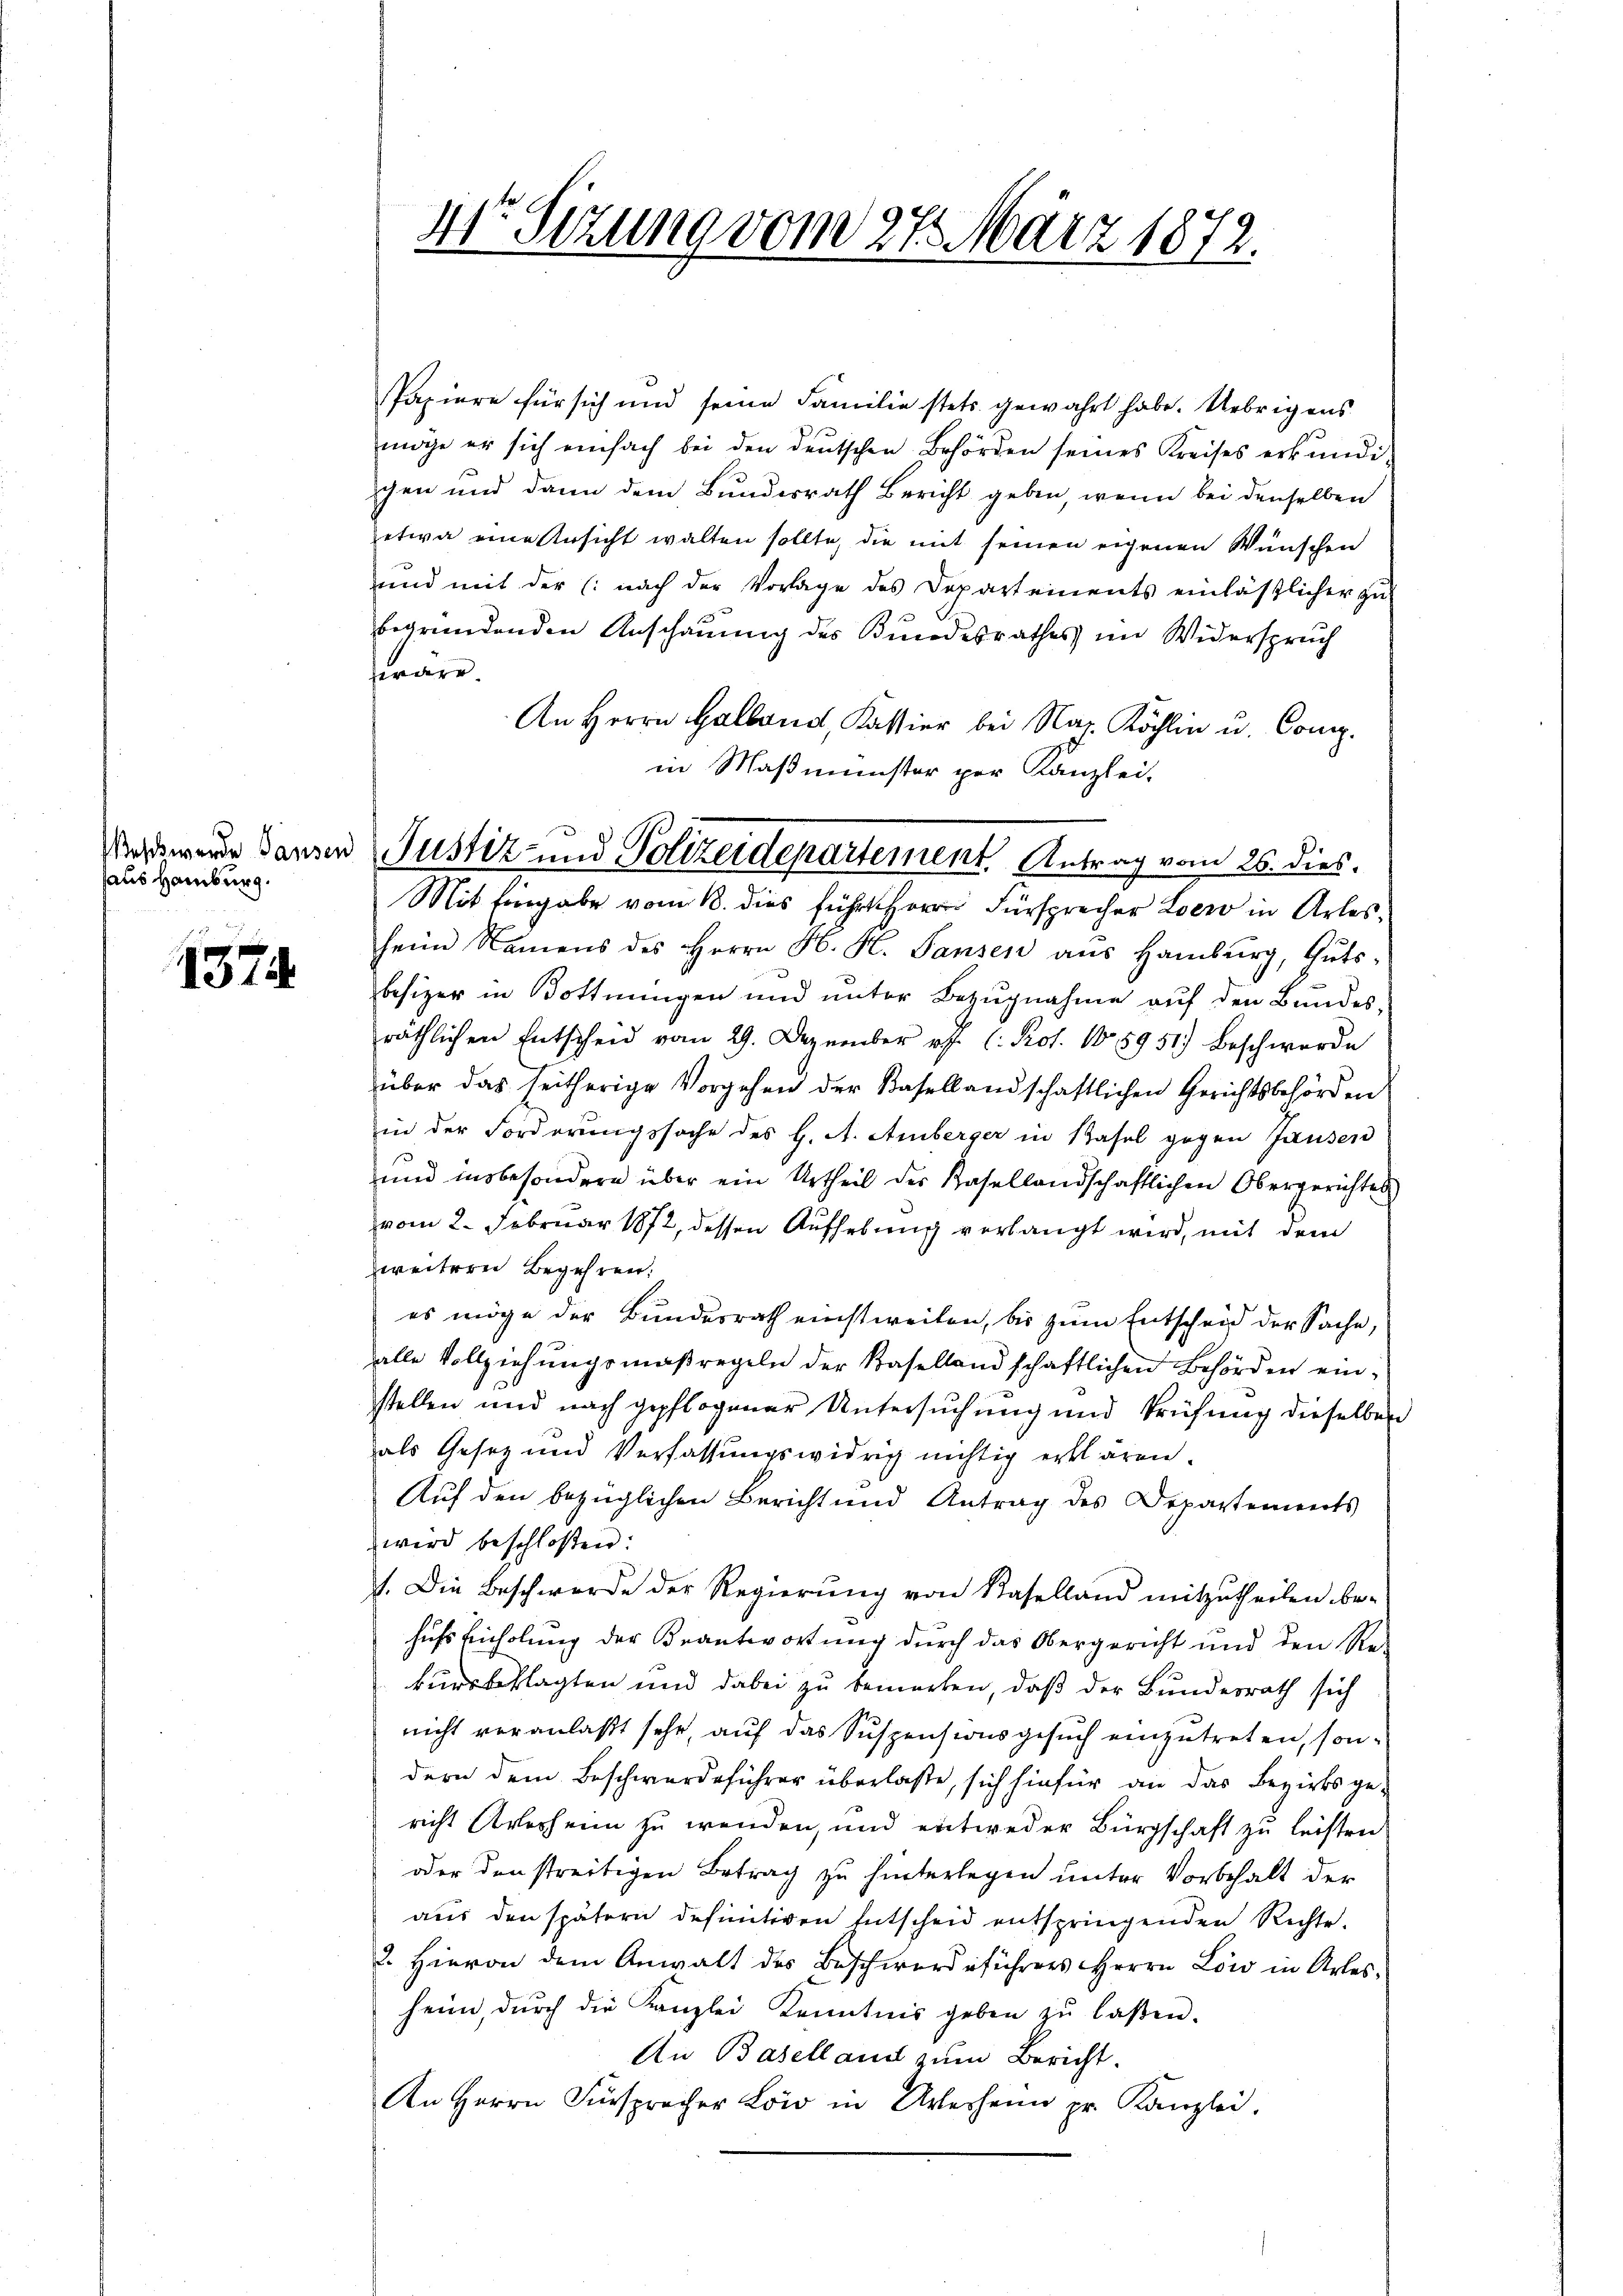
haus Hamburg.

1374.

41r Sitzung vom 27. März 1872.

Papiere für sich und seine Familie stets gewahrt habe. Uebrigens
möge er sich einfach bei den deŭtschen Behörden seines Kreises erkŭndi-
gen und dann dem Bundesrath Bericht geben, wenn bei denselben
etwa eine Ansicht walten sollte, die mit seinen eigenen Wünschen
und mit der (nach der Vorlage des Departements einläßlicher zu
begründenden Anschauung des Bundesrathes im Widerspruch
forderr
An Herrn Halland, Kassier bei Nap. Köchlin u. Comp.
in Maßmünster per Kanzlei.
heim Namens des Herrn H. H. Pansen aŭs Hamburg, Gŭts-
besizer in Bottingen und unter Bezŭgnahme auf den Bundes-
räthlichen Entscheid vom 29. Dezember pp. (: Kot. 105951.) Beschwerde
über das seitherige Vorgehen der Basellandschaftlichen Gerichtsbehörden
in der Forderungssache des H. A. Amberger in Basel gegen Hausen
und insbesondere über ein Urtheil der Kasellandschaftlichen Obergerichtes
vom 2. Februar 1872, dessen Aufhebung verlangt wird, mit dem
weiterer Begehren:
es möge der Bundesrath einstweilen, bis zum Entscheid der Sache,
alle Vollziehungsmaßregeln der Kasellandschaftlichen Behörden einstellen und nach gepflogener Untersuchung und Prüfung dieselbe
als Gesetz und Verfassŭngswidrig nichtig erklären.
Auf den bezüglichen Bericht und Antrag des Departements
wird beschloßen:
1. Die Beschwerde der Regierung von Kaselland mitzutheilen be-
hufs Einholung der Beantwortung durch das Obergericht und den Re-
kursbeklagten und dabei zu bemerken, daß der Bundesrath sich
nicht veranlaßt sehr, auf das Suspensionsgesuch einzutreten, sondern dem Beschwerdeführer überlaße, sich hiefür an das Bezirksgericht Arlesheim zu wenden, und entweder Bürgschaft zu leisten
oder den streitigen Betrag zu hinterlegen unter Vorbehalt der
aus den spätern definitiven Entscheid entspringenden Richte.
u. Hievon dem Anwalt des Beschwerdeführers Herrn Low in Arles
heim, dŭrch die Kanzlei Kenntnis geben zŭ lassen.
An Baselland zum Bericht.
An Herrn Fürspracher Löw in Unterheim pr. Kanzlei.

Wordwere Ganzen Justiz- und Polizeidepartement Antrag vom 26. dies
Mit Eingabe vom 18. dies führt Herrn Fürsprecher Loero in Arles